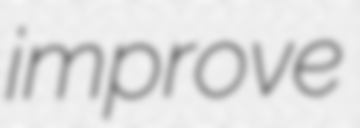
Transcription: improve